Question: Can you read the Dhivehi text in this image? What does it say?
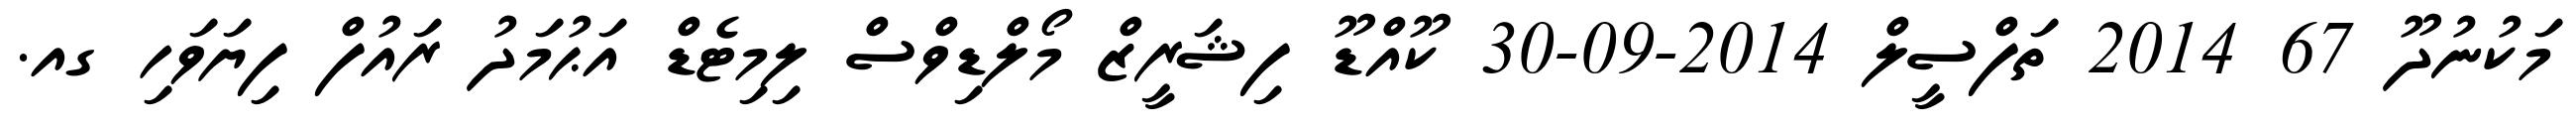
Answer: މަކުނުދޫ 67 2014 ތަފްސީލް 2014-09-30 ކޫއްޑޫ ފިޝަރީޒް މޯލްޑިވްސް ލިމިޓެޑް އަޙުމަދު ރައުފް ފިޔަވަހި ގއ.